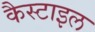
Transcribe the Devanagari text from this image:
कैस्टाइल